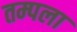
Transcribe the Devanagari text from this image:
तम्पला